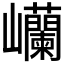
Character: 𫶥